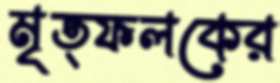
মৃত্ফলকের